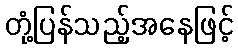
တုံ့ပြန်သည့်အနေဖြင့်